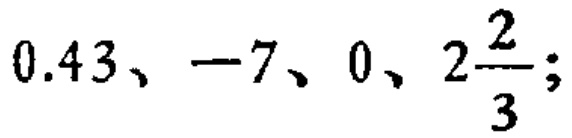
$0.43、-7、0、2\frac{2}{3};$